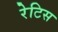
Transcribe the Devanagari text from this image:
रेटिस